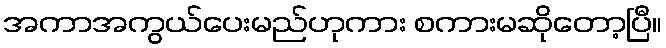
အကာအကွယ်ပေးမည်ဟုကား စကားမဆိုတော့ပြီ။